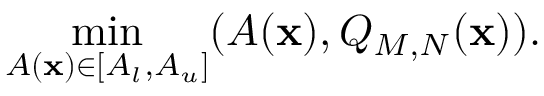
\operatorname* { m i n } _ { A ( \mathbf { x } ) \in [ A _ { l } , A _ { u } ] } ( A ( \mathbf { x } ) , Q _ { M , N } ( \mathbf { x } ) ) .